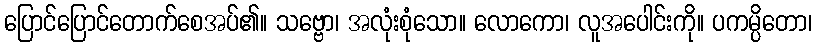
ပြောင်ပြောင်တောက်စေအပ်၏။ သဗ္ဗော၊ အလုံးစုံသော။ လောကော၊ လူအပေါင်းကို။ ပကမ္ပိတော၊